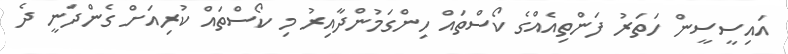
އައިސީސީން ހަތަރު ފަންތިއެއްގެ ކޯސްތައް ހިންގަމުންދާއިރު މި ކޯސްތައް ކުރިއަށް ގެންދަނީ ދެ